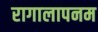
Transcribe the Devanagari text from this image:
रागालापनम